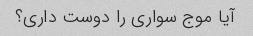
آیا موج سواری را دوست داری؟